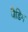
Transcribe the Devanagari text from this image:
बैडिंग